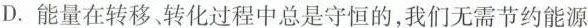
D. 能量在转移转化过程中总是守恒的，我们无需节约能源